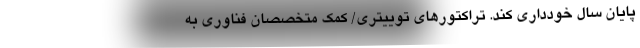
پایان سال خودداری کند. تراکتورهای توییتری/ کمک متخصصان فناوری به